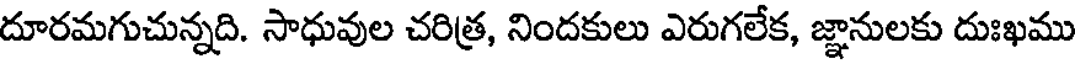
దూరమగుచున్నది. సాధువుల చరిత్ర, నిందకులు ఎరుగలేక, జ్ఞానులకు దుఃఖము